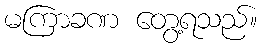
မကြာခဏ တွေ့ရသည်။